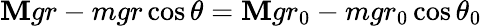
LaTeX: \mathbf{M}gr-mgr\cos{\theta}=\mathbf{M}gr_{0}-mgr_{0}\cos{\theta_{0}}